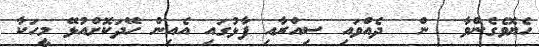
ހެޔޮވެގެންވާ  ން  ދެއްވައި ސިއްރާއި ފާޅުގައި އެއިން ހޭދަކޮށްއުޅޭ މީހަކާ